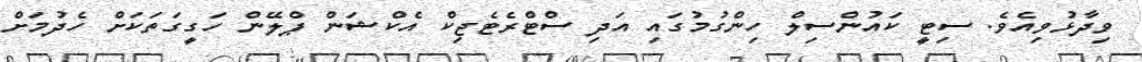
ވިދާޅުވިއެވެ. ސިޓީ ކައުންސިލް ހިންގުމުގައި އަދި ސްޓްރެޓެޖިކް އެކްޝަން ޕްލޭން ހަގީގަތަކަށް ހެދުމަށް